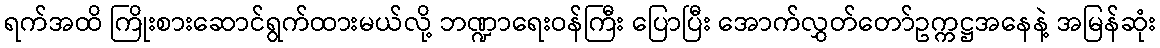
ရက်အထိ ကြိုးစားဆောင်ရွက်ထားမယ်လို့ ဘဏ္ဍာရေးဝန်ကြီး ပြောပြီး အောက်လွှတ်တော်ဥက္ကဋ္ဌအနေနဲ့ အမြန်ဆုံး